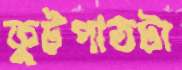
ফুটপাতটা